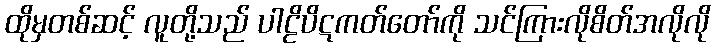
ထိုမှတစ်ဆင့် လူတို့သည် ပါဠိပိဋကတ်တော်ကို သင်ကြားလိုစိတ်အလိုလို